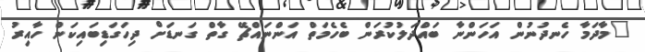
"މާދަމާ ހެނދުނުން އަހަންނާ ބައްދަލުކުރަން ބެހެމަތް އަންނައްޗޭ ގާތް ގަނޑަށް ދިހަގަޑިބައިކަން ހާއިރު